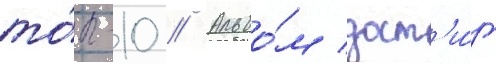
то́п-10 // Альбо́м дост'и́г